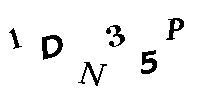
1DN35P